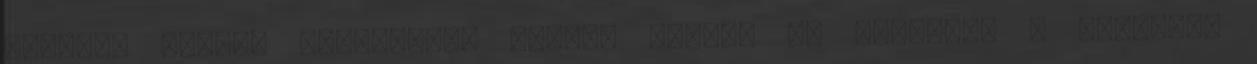
Róbert, Kedves Virágposta csapat Ezúton is köszönöm a meseszép